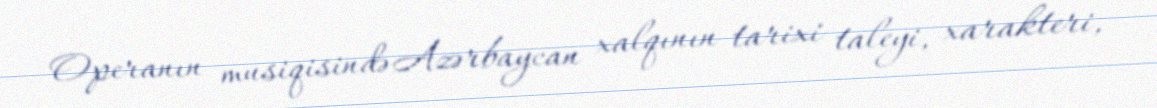
Operanın musiqisində Azərbaycan xalqının tarixi taleyi, xarakteri,